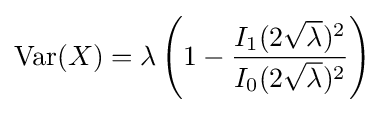
\mathrm {Var} (X)=\lambda \left(1-{\frac {I_{1}(2{\sqrt {\lambda }})^{2}}{I_{0}(2{\sqrt {\lambda }})^{2}}}\right)